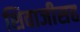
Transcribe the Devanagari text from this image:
शिवाजीसह